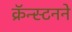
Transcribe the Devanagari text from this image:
क्रॅन्स्टनने